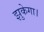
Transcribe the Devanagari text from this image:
झुकेगा।